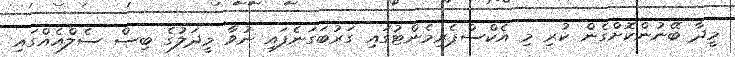
މީދާ ބޭނުންކޮށްގެން ކުރި މި އެކްސްޕެރިމެންޓުގައި ގަރުބަގަނެފައި ނުވާ މީދަލުގެ ބިސް ސެލްއެއްގައި